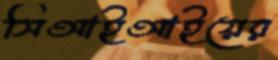
সিআইআইয়ের